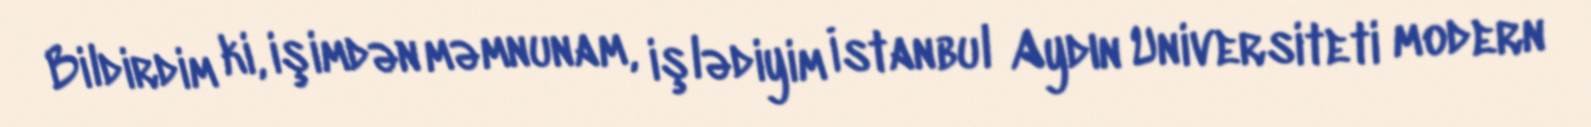
Bildirdim ki, işimdən məmnunam, işlədiyim İstanbul Aydın Universiteti modern